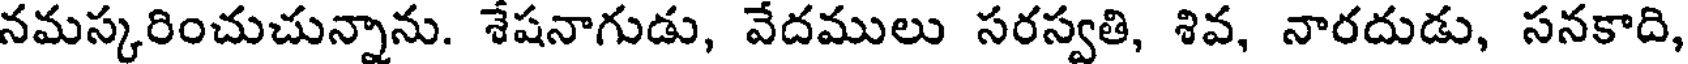
నమస్కరించుచున్నాను. శేషనాగుడు, వేదములు సరస్వతి, శివ, నారదుడు, సనకాది,